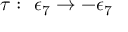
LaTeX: \tau : \, \, \epsilon _ { 7 } \rightarrow - \epsilon _ { 7 }